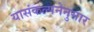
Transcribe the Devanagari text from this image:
यासंकल्पनेनुसार